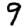
Digit: 9